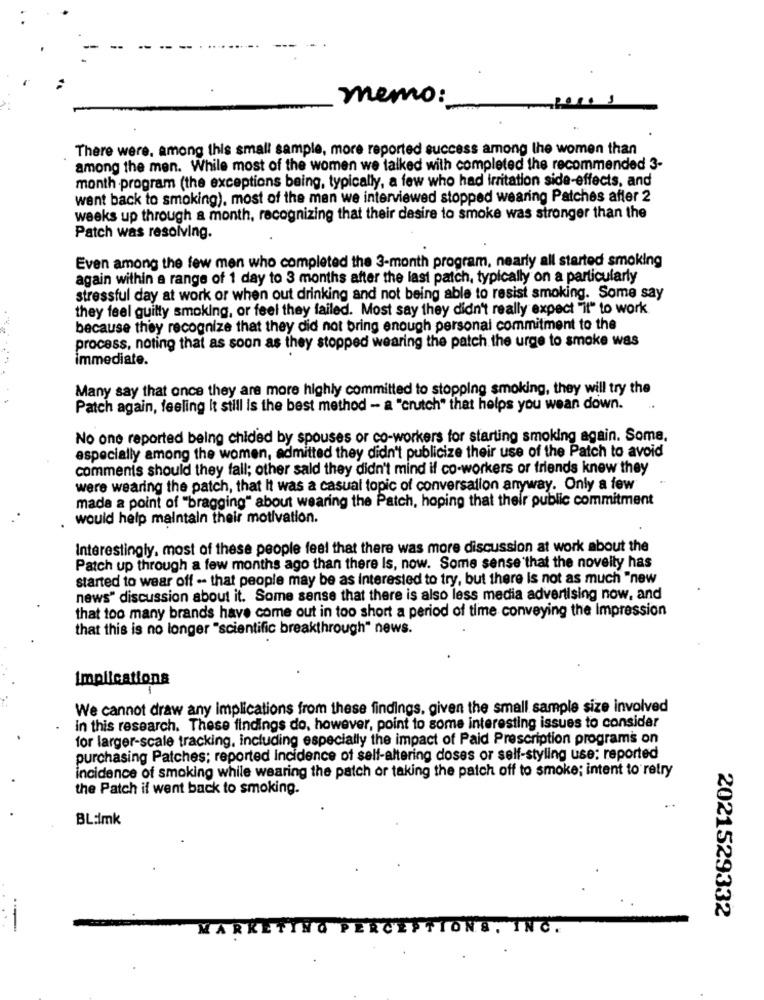
memo:
There were. among this small sample, more reported success among the women than
among the men. While most of the women we talked with completed the recommended 3-
month -program (the exceptions being, typically, a few who had irritation side-effects, and
went back to smoking), most of the man we interviewed stopped wearing Patches affer 2
weeks up through a month, recognizing that their desire to smoke was stronger than the
Patch was resolving.
Even among the few men who completed the 3-month program, nearly all started smoking
again within a range of 1 day to 3 months after the last patch, typically on a particularly
stressful day at work or when out drinking and not being able to resist smoking. Some say
they feel guilty smoking, or feel they failed. Most say they didn't really expect "it" to work
because they recognize that they did not bring enough personal commitment to the
process, noting that as soon as they stopped wearing the patch the urge to smoke was
immediate.
Many say that once they are more highly committed to stopping smoking, they will try the
Patch again, feeling it still is the best method - a "crutch" that helps you wean down.
No one reported being chided by spouses or co-workers for starting smoking again. Some.
especially among the women, admitted they didn't publicize their use of the Patch to avoid
comments should they fall; other sald they didn't mind if co-workers or friends knew they
were wearing the patch, that It was a casual topic of conversation anyway. Only a few
made a point of "bragging" about wearing the Patch, hoping that their public commitment
would help maintain their motivation.
Interestingly, most of these people feel that there was more discussion at work about the
Patch up through a few months ago than there Is, now. Some sense that the novelty has
started to wear off - that people may be as interested to try, but there is not as much "new
news" discussion about it. Some sense that there is also less media advertising now, and
that too many brands have come out in too short a period of time conveying the Impression
that this is no longer "scientific breakthrough" news.
Implications
We cannot draw any Implications from these findings, given the small sample size involved
in this research. These findings do, however, point to some interesting issues to consider
for larger-scale tracking, including especially the impact of Paid Prescription programs on
purchasing Patches; reported Incidence of self-altering doses or self-styling use: reported
incidence of smoking while wearing the patch or taking the patch off to smoke; intent to retry
the Patch if went back to smoking.
BL:imk
2021529332
MARKETİ
NO P
INC.